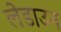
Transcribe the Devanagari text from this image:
लेडाउन